画像に写った文字を読んでください
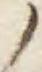
「ノ」と書いてあります